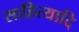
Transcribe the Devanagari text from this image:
साहित्यादि